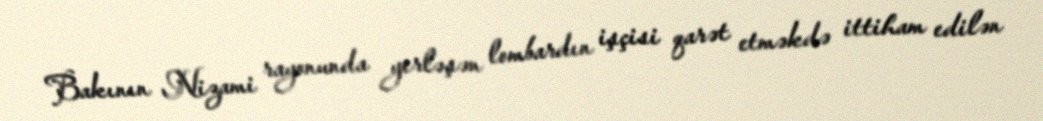
Bakının Nizami rayonunda yerləşən lombardın işçisi qarət etməkdə ittiham edilən